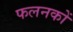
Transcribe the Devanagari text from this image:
फलनकों